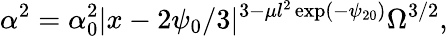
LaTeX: \alpha^{2}=\alpha_{0}^{2}|x-2\psi_{0}/3|^{3-\mu l^{2}\exp(-\psi_{20})}\Omega^{3/2},